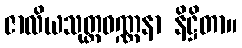
ဇာလိယသုတ္တဝဏ္ဏနာ နိဋ္ဌိတာ။